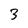
Character: 3